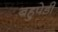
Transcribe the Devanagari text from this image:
बहुपेडी